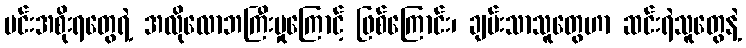
မင်းအစိုးရတွေရဲ့ အလိုလောဘကြီးမှုကြောင့် ဖြစ်ကြောင်း၊ ချမ်းသာသူတွေဟာ ဆင်းရဲသူတွေနဲ့